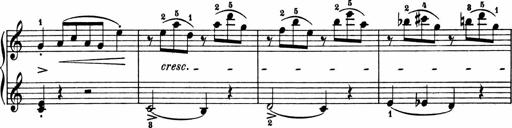
Title: 2 Sonatinen
Composer: Lambertus Adrianus van Tetterode